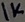
Text: 1K